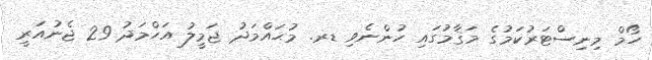
ހޯމް މިނިސްޓަރުކަމުގެ މަޤާމުގައި ހުންނެވި ޑރ. މުޙައްމަދު ޖަމީލު އަޙްމަދު 29 ޖެނުއަރީ